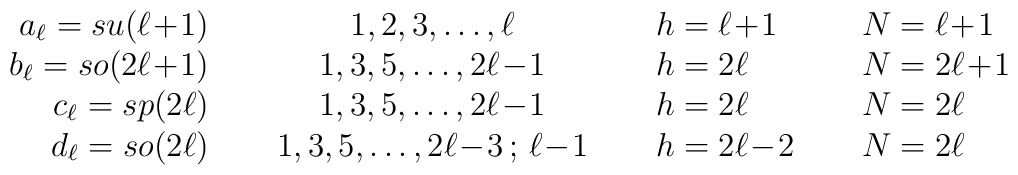
\begin{array}{rcll}a_\ell= su(\ell\!+\!1) & 1,2,3,\ldots,\ell & h=\ell\!+\!1&\hspace{0.2in} N=\ell\!+\!1\\ b_\ell= so(2\ell\!+\!1) & 1,3,5,\ldots,2\ell\!-\!1 & h=2\ell&\hspace{0.2in} N=2\ell\!+\!1\\c_\ell= sp(2\ell) & 1,3,5,\ldots,2\ell\!-\!1  & h=2\ell& \hspace{0.2in}N=2\ell\\d_\ell= so(2\ell) & \hspace{0.2in}1,3,5,\ldots,2\ell\!-\!3\,;\,\ell\!-\!1 \hspace{0.2in} &h=2\ell\!-\!2& \hspace{0.2in} N=2\ell\end{array}